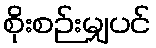
စိုးစဉ်းမျှပင်